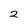
Character: 2